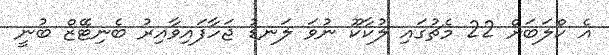
އެ ކްލަބަށް 22 މެޗުގައި ލުކާކޫ ނުވަ ލަނޑު ޖަހާފައިވާއިރު ބެނިޓޭޒް ބުނީ